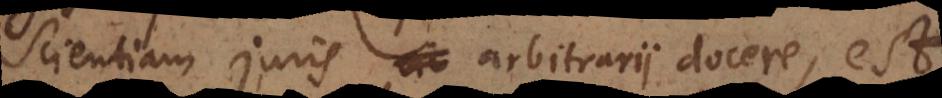
Scientiam juris arbitrarii docere, est